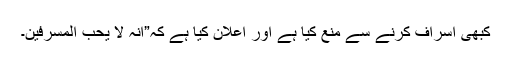
کبھى اسراف کرنے سے منع کيا ہے اور اعلان کيا ہے کہ”انہ لا يحب المسرفين۔